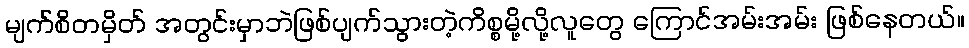
မျက်စိတမှိတ် အတွင်းမှာဘဲဖြစ်ပျက်သွားတဲ့ကိစ္စမို့လို့လူတွေ ကြောင်အမ်းအမ်း ဖြစ်နေတယ်။